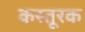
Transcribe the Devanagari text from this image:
कस्तूरक